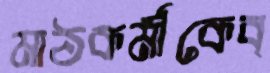
মাঠকর্মীকেব্